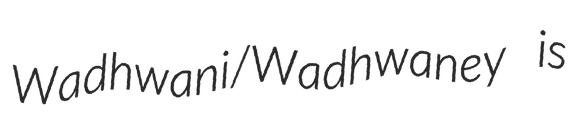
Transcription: Wadhwani/Wadhwaney is